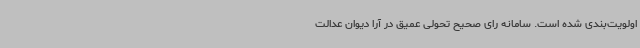
اولویت‌بندی شده است. سامانه رای صحیح تحولی عمیق در آرا دیوان عدالت